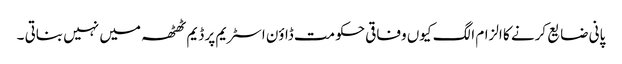
پانی ضایع کرنے کا الزام الگ کیوں وفاقی حکومت ڈاؤن اسٹریم پر ڈیم ٹھٹھہ میں نہیں بناتی ۔